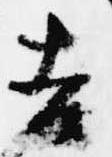
吉